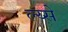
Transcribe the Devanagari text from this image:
ल्य्से